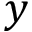
y